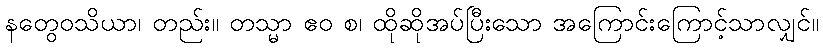
နတွေဝသိယာ၊ တည်း။ တသ္မာ ဧဝ စ၊ ထိုဆိုအပ်ပြီးသော အကြောင်းကြောင့်သာလျှင်။